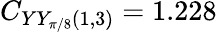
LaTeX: C_{YY_{\pi/8}(1,3)}=1.228